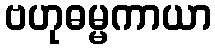
ဗဟုဓမ္မကာယာ